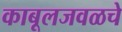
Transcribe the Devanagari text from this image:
काबूलजवळचे